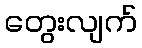
တွေးလျက်